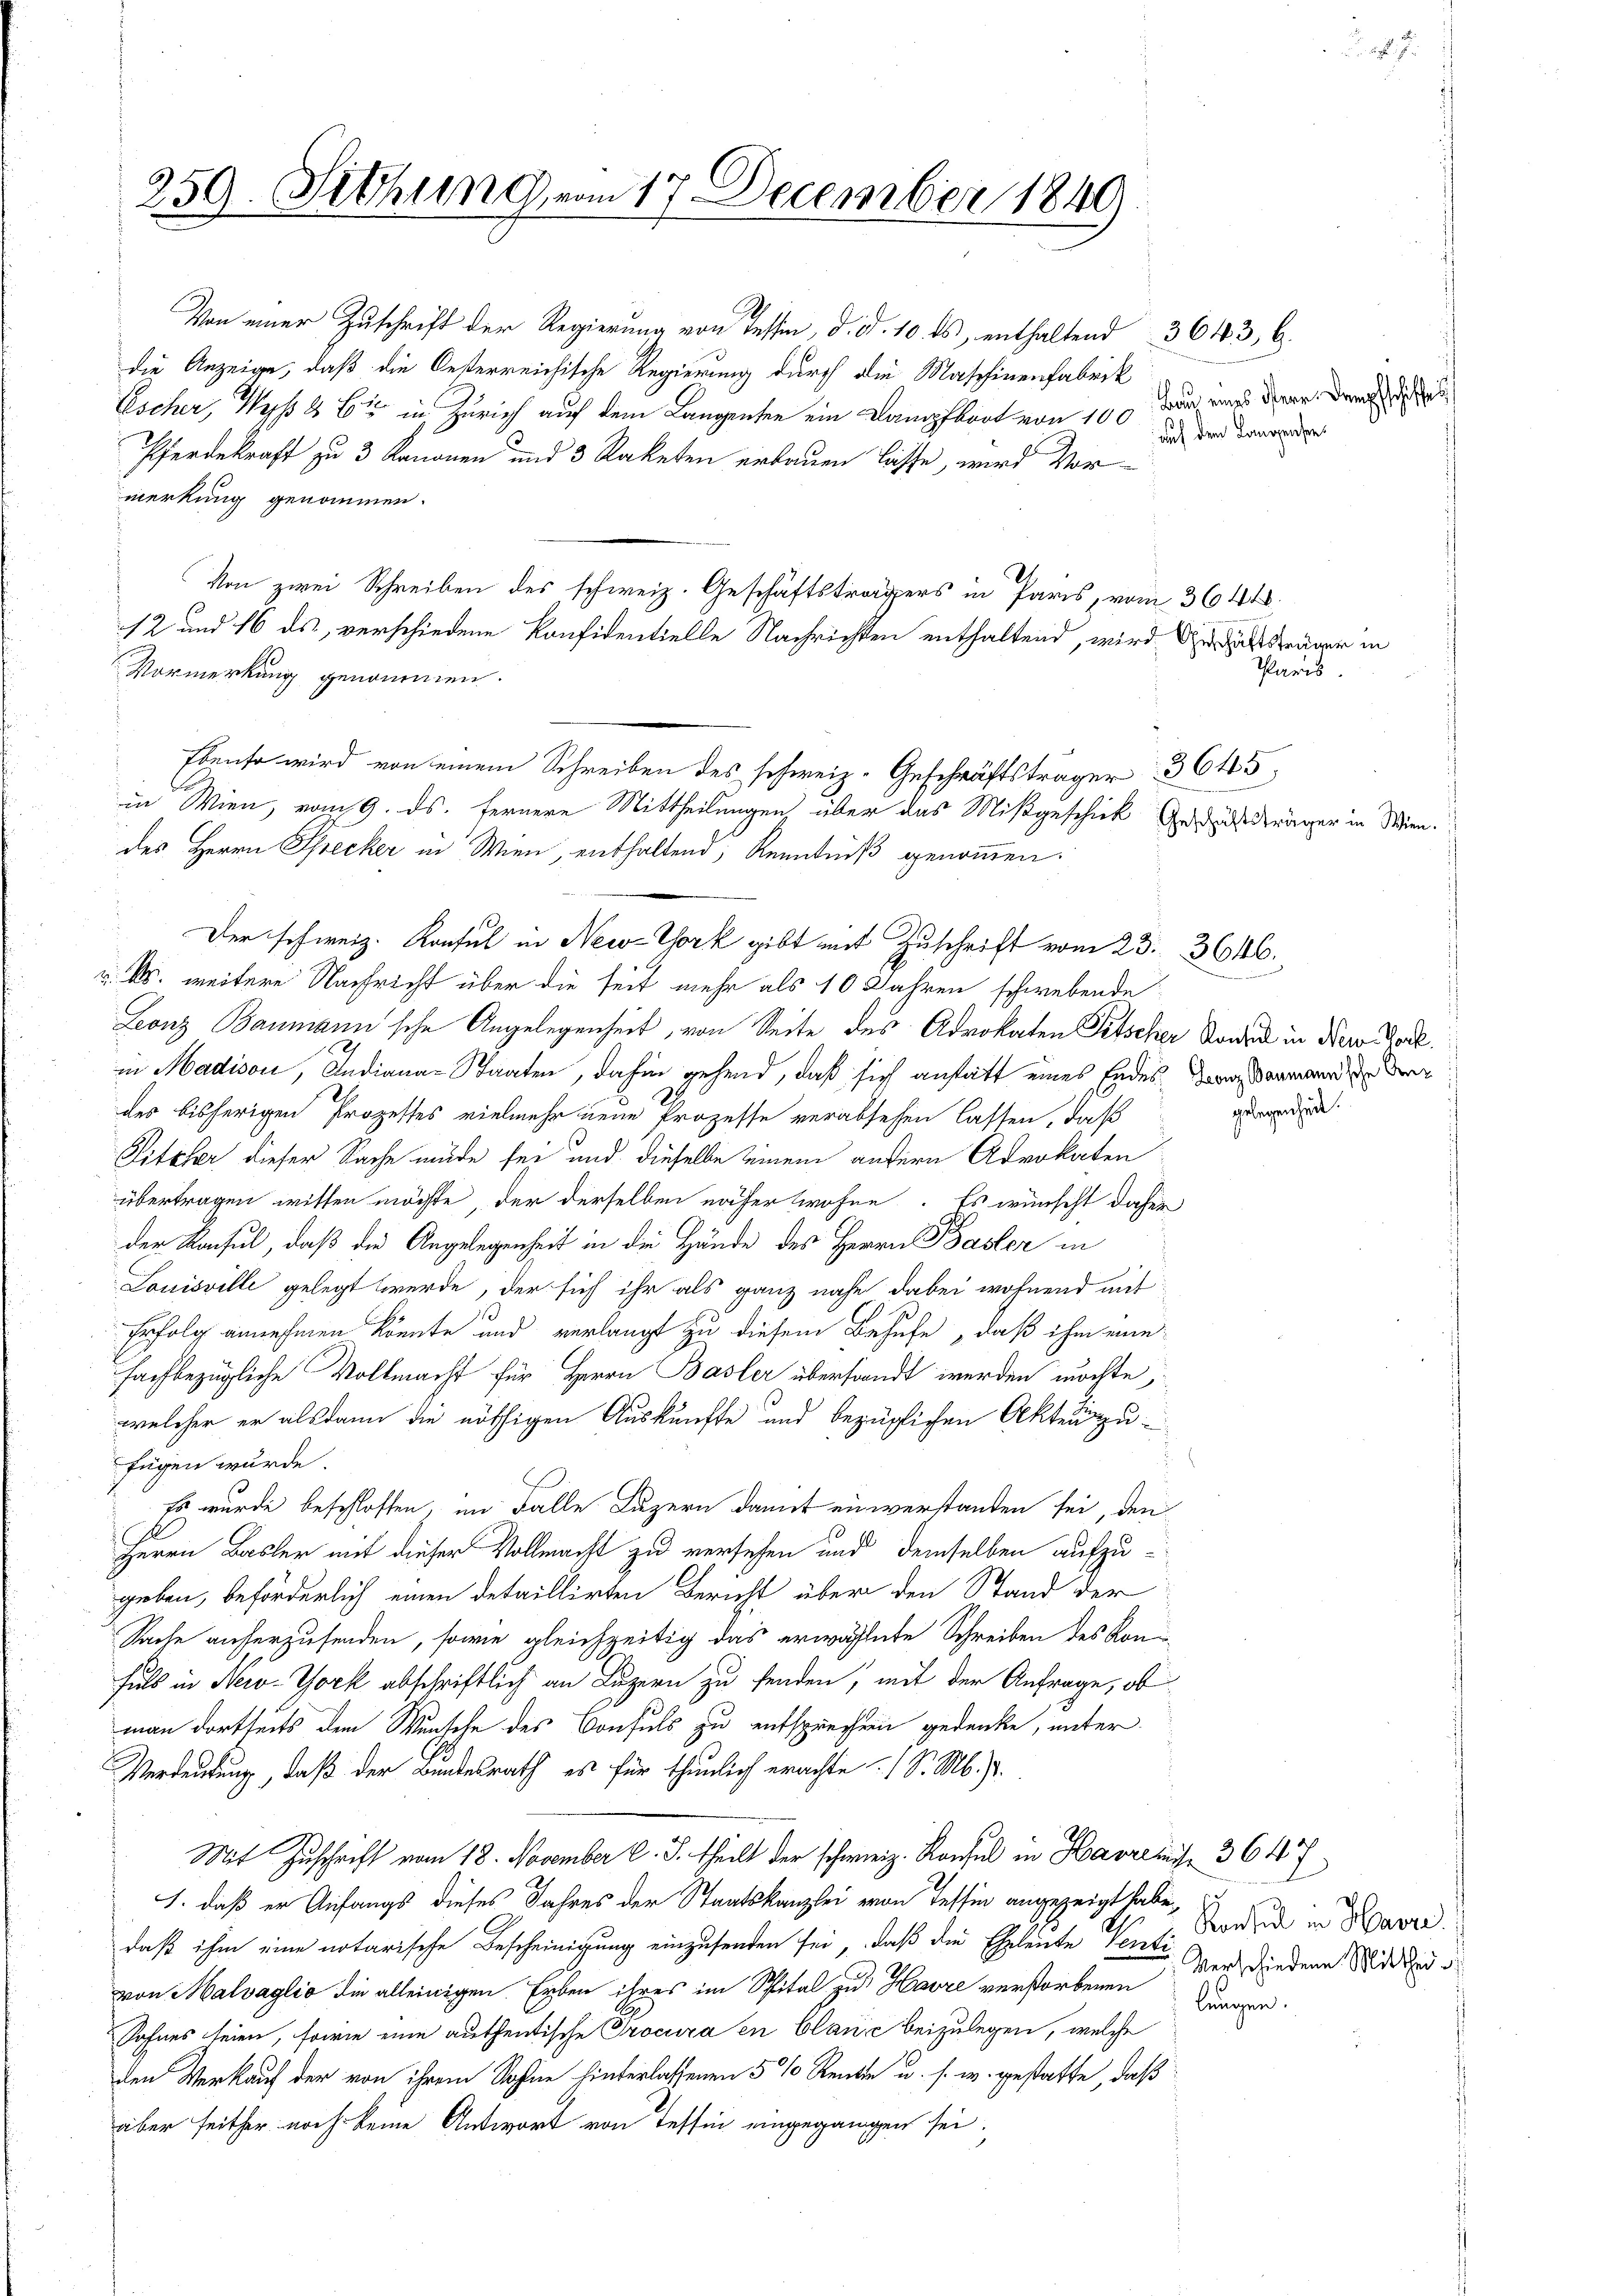
259. Sitzung vom 17. December 1840

Von einer Zuschrift der Regierung von Tessin, d. d. 10. ds, enthaltend 3643, 6.
die Anzeige, daß die Oesterreichische Regierung durch die Maschinenfabrik
Escher, Wyß & bis in Zürich auf dem Langenten ein Dampfboot von 100
Pferdekraft zu 3 Kanonen und 3 Raketen erbauen lasse, wird Vor-
merkung genommen.
Von zwei Schreiben des schweiz. Geschäftsträgers in Paris, vom 3644.
12 und 16 ds, verschiedene Konfidentielle Nachrichten enthaltend, wird die aner in
Der schweiz. Konsul in New-York gibt mit Zuschrift vom 23. 3646.
v. Ms. weitere Nachricht über die seit mehr als 10 Jahren schwebende
Leonz Baumann'sche Angelegenheit, von Seite des Advokaten Pitscher Konsul in New Zoll
3
in Madison, Andiana-Staaten, dahin gehend, daß sich anstatt eines Endes, was anmann de
des bisherigen Prozesses vielmehr neue Prozesse verabsehen lassen, daß
Piteher dieser Sache müde sei und dieselbe einem andern Advokaten
übertragen willen möchte, der derselben näher wohne. Es wünscht daher
der Konsul, daß die Angelegenheit in die Hände des Herrn Basler in
Louisville gelegt werde, der sich ihr als ganz nahe dabei wohnend mit
Erfolg annehmen könnte und verlangt zu diesem Behufe, daß ihm eine
fachbezügliche Vollmacht für Herrn Basler übersandt werden möchte,
welcher er alsdann die nöthigen Auskünfte und bezüglichen Akten zufügen wurde.
Es wurde beschlossen, im Falle Luzern damit einverstanden sei, den
Herrn Basler mit dieser Vollmacht zu versehen und demselben aufzu-
geben, beförderlich einen detaillirten Bericht über den Stand der
Sache auferzusenden, sowie gleichzeitig das erwählte Schreiben des Kon
fuls in New-York abschriftlich an Luzern zu senden, mit der Anfrage, ob
man dortseits den Wunsche des Consuls zu entsprechen gedenke, unter
Verdeutung, daß der Bundesrath, es für thunlich erachte 1 S. M. J.
Mit Zuschrift vom 18. November C. S. theilt der schweiz. Konsul in Haus 3617
J. daß er Anfangs dieses Jahres der Staatskanzlei von Tessin angezeigt habe,
daß ihm eine notarische Bescheinigung einzusenden sei, daß die Eheleute Ventivon Malvaglio die alleinigen Erben ihres im Spital zu Havre verstorbenen Kundger
Sohnes seien, sowie eine authentische Procura en Clanić beizulegen, welche
den Werkauf der von ihrem Sohne hinterlassenen 5 % Rente u. s. w. gestatte, daß
aber seither noch keine Antwort von Tessin eingegangen sei.

Vormerkung genommen.

Ebenso wird von einem Schreiben des schweiz. Geschäftsträger 3645.
in Wien, vom 9. ds. fernere Mittheilungen über das Mißgeschick Geträger in
des Herrn Specker in Wien, enthaltend, Kenntniß genommen.

22.

Bau eines Herr Dampfschiffes
auf dem Langensees

Paris.

gelegenheit.

Konsul in Havre
Verschiedene Mitthei